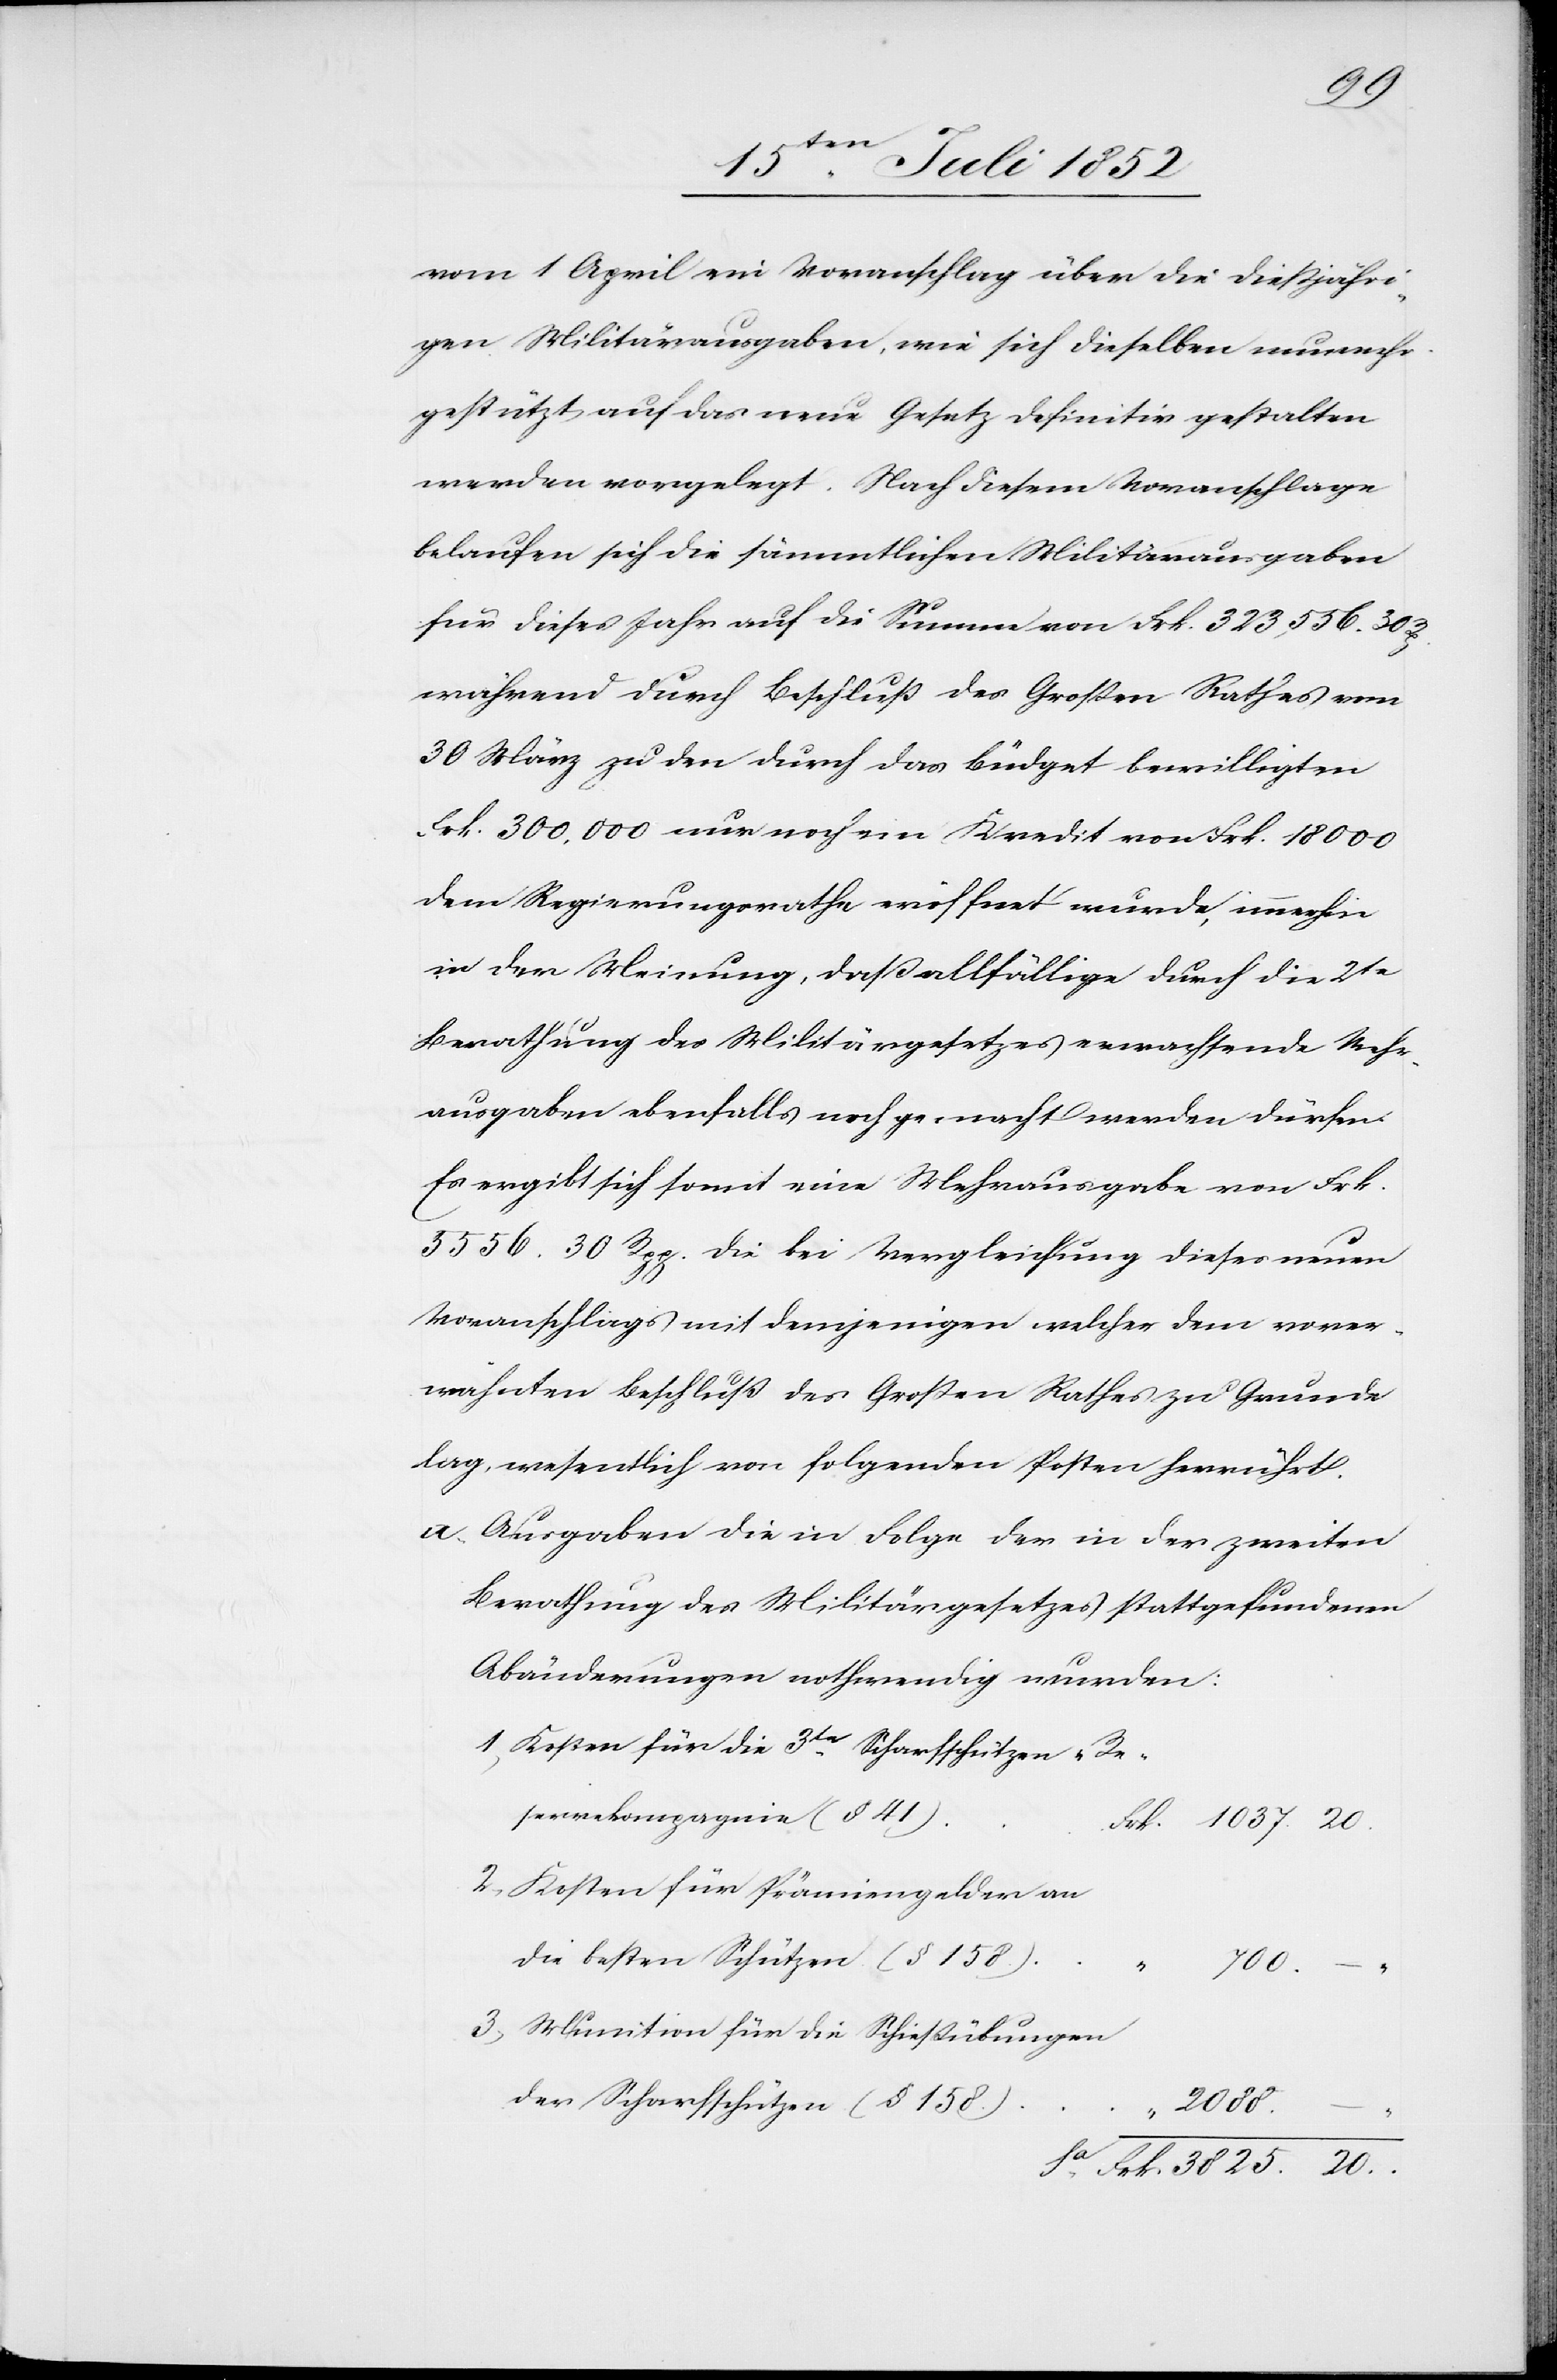
20.
vom 1 April ein Voranschlag über die dießjähri¬
gen Militärausgaben, wie sich dieselben nunmehr
gestützt auf das neue Gesetz definitiv gestalten
werden vorgelegt. Nach diesem Voranschlage
belaufen sich die sämmtlichen Militärausgaben
für dieses Jahr auf die Summe von Frk. 323,556. 30 Rp.
während durch Beschluß des Großen Rathes vom
30 März zu den durch das Büdget bewilligten
Frk. 300,000 nur noch ein Kredit von Frk. 18 000
dem Regierungsrathe eröffnet wurde, immerhin
in der Meinung, daß allfällige durch die 2te
Berathung des Militärgesetzes erwachsende Mehr¬
ausgaben ebenfalls noch gemacht werden dürfen.
Es ergibt sich somit eine Mehrausgabe von Frk.
5556. 30 Rpp. die bei Vergleichung dieses neuen
Voranschlags mit demjenigen welcher dem vorer¬
wähnten Beschluß des Großen Rathes zu Grunde
lag, wesentlich von folgenden Posten herrührt.
Ausgaben die in Folge der in der zweiten
Berathung des Militärgesetzes stattgefundenen
Abänderungen nothwendig wurden:
Kosten für die 3te. Scharfschützen-Re¬
servekompagnie (§ 41)
Frk. 1037. 20.
Kosten für Prämiengelder an
die besten Schützen (§ 158.)
Munition für die Schießübungen
der Scharfschützen (§ 158.)
2088.
Frk. 3825.